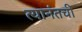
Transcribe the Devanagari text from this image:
त्यानंतची